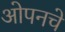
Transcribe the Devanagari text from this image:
ओपनचे